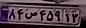
۸۴س۴۵۹۱۳